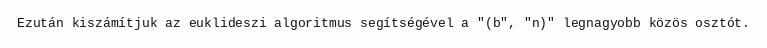
Ezután kiszámítjuk az euklideszi algoritmus segítségével a "(b", "n)" legnagyobb közös osztót.